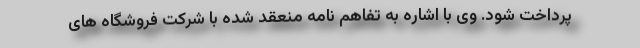
پرداخت شود. وی با اشاره به تفاهم نامه منعقد شده با شرکت فروشگاه های